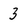
Character: 3